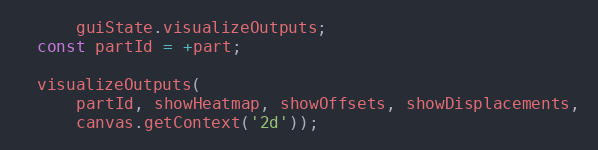
Language: JavaScript
      guiState.visualizeOutputs;
  const partId = +part;

  visualizeOutputs(
      partId, showHeatmap, showOffsets, showDisplacements,
      canvas.getContext('2d'));